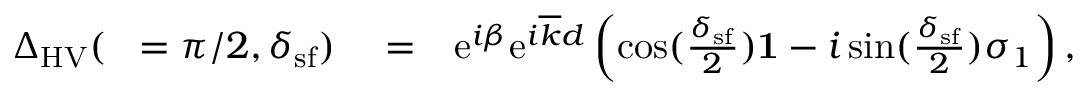
\begin{array} { r l r } { { \Delta } _ { \mathrm { H V } } ( { \it \Delta \phi } = \pi / 2 , \delta _ { \mathrm { s f } } ) } & { { } = } & { \mathrm { e } ^ { i \beta } \mathrm { e } ^ { i \overline { { k } } d } \left( \cos ( \frac { \delta _ { \mathrm { s f } } } { 2 } ) { \bf 1 } - i \sin ( \frac { \delta _ { \mathrm { s f } } } { 2 } ) \sigma _ { 1 } \right) , } \end{array}